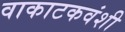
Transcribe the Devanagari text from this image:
वाकाटकवंशी